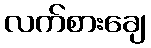
လက်စားချေ